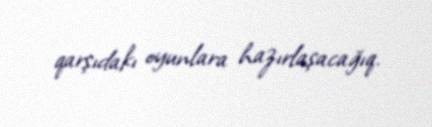
qarşıdakı oyunlara hazırlaşacağıq.